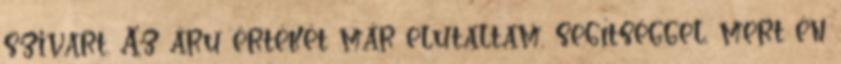
szivart. Az áru értékét már elutaltam, segítséggel, mert én